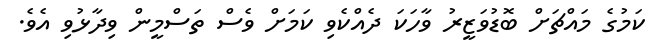
ކަމުގެ މައްޗަށް ބޮޑުވަޒީރު ވާހަކަ ދެއްކެވި ކަމަށް ވެސް ތަސްމީން ވިދާޅުވި އެވެ.